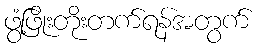
ဖွံ့ဖြိုးတိုးတက်ရန်အတွက်